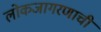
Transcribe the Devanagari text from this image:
लोकजागरणाची